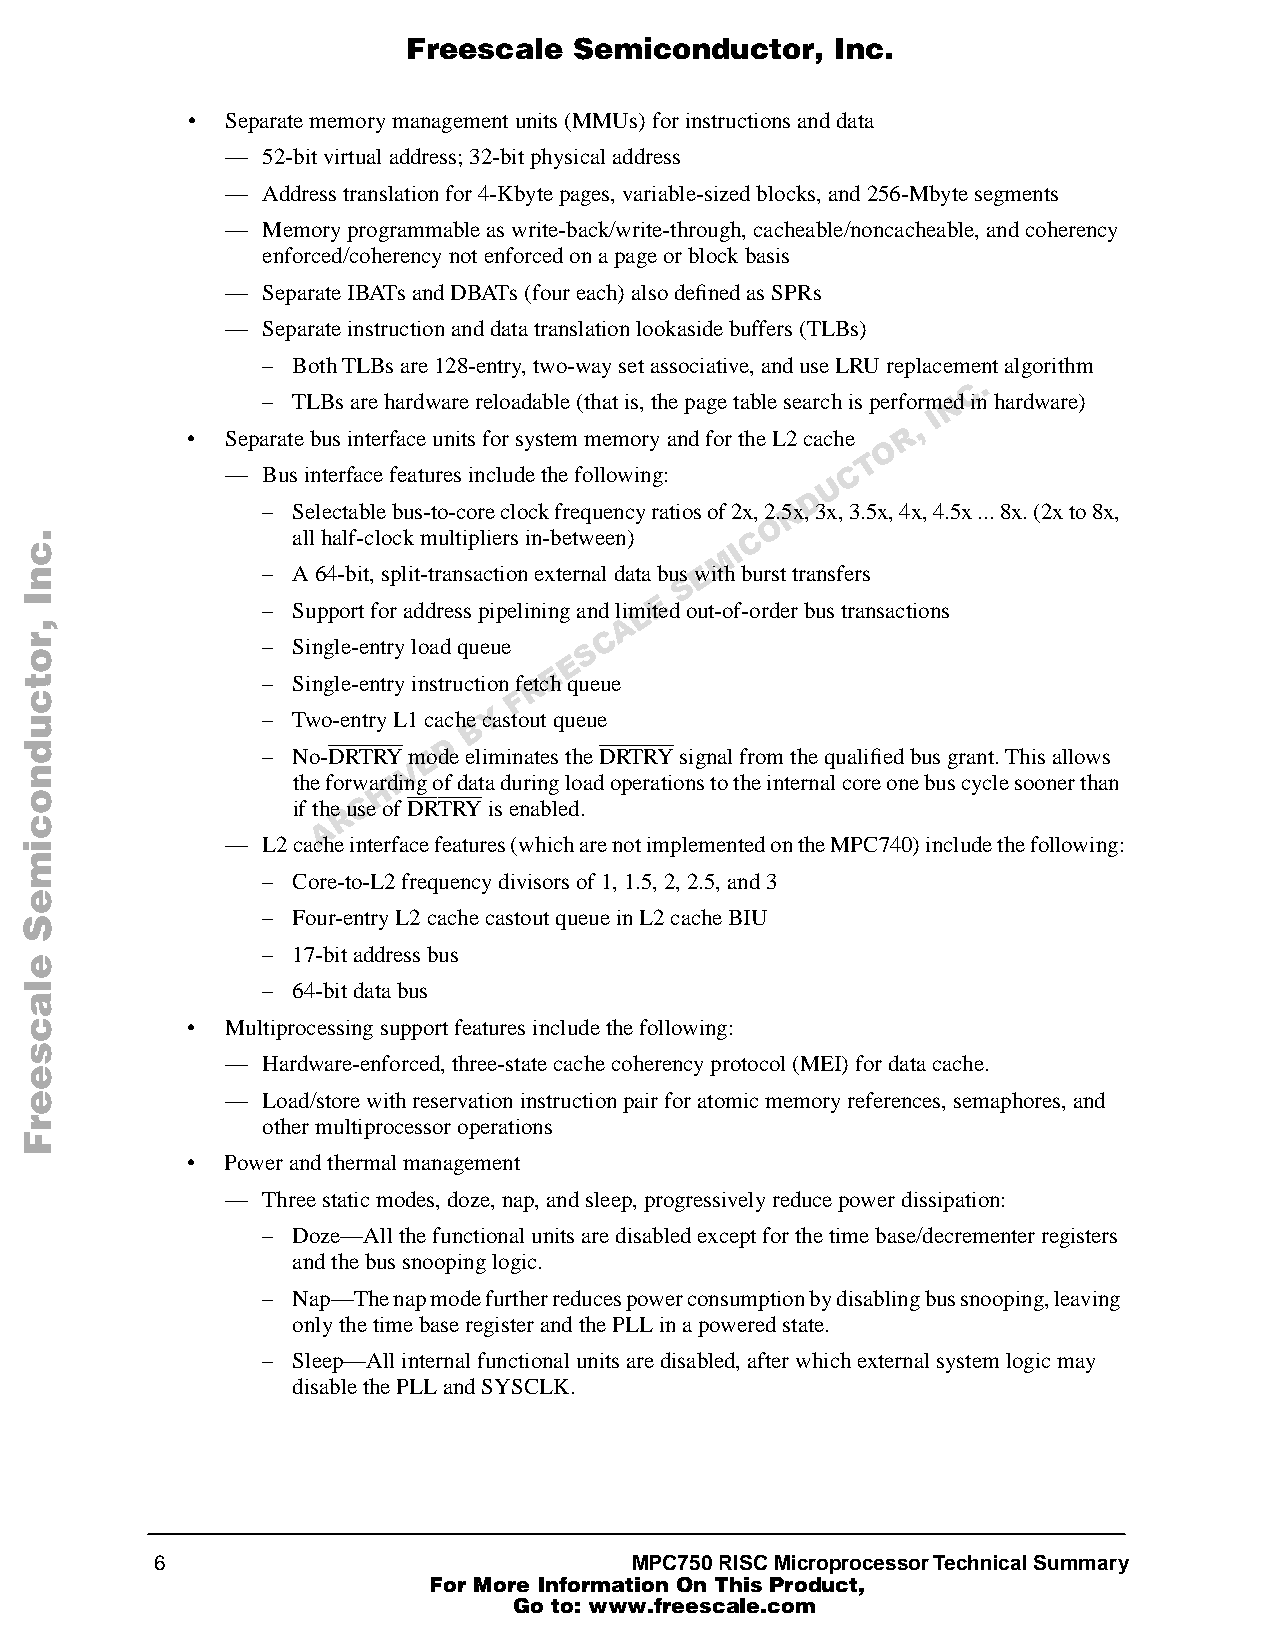
Freescale  Semiconductor,   Inc.
 •  Separate memory management units (MMUs) for instructions and data
 — 52-bit virtual address; 32-bit physical address
 — Address translation for 4-Kbyte pages, variable-sized blocks, and 256-Mbyte segments
 — Memory programmable as write-back/write-through, cacheable/noncacheable, and coherency
 enforced/coherency not enforced on a page or block basis
 — Separate IBATs and DBATs (four each) also defined as SPRs
 — Separate instruction and data translation lookaside buffers (TLBs)
 – Both TLBs are 128-entry, two-way set associative, and use LRU replacement algorithm
 C .
 – TLBs are hardware reloadable (that is, the page table search is performeNd in hardware)
 I
 •  Separate bus interface units for system memory and for the L2 cache R ,
 O
 T
 — Bus interface features include the following: C
 U
 D
 .              – Selectable bus-to-core clock frequency ratios of 2x, 2.5Nx, 3x, 3.5x, 4x, 4.5x ... 8x. (2x to 8x,
 .                                                O
 .                all half-clock multipliers in-between) C
 c                                              I
 M
 n              – A 64-bit, split-transaction external data bus wE ith burst transfers
 S
 I                                         E
 – Support for address pipelining and limLited out-of-order bus transactions
 ,                                      A
 or             – Single-entry load queue
 E
 S C
 E
 t              – Single-entry instruction fetRch queue
 c                               F
 u              – Two-entry L1 cache B cYa stout queue
 d                          D
 – No-DRTRY moE de eliminates the DRTRY signal from the qualified bus grant. This allows
 n                        V
 the forwardIing of data during load operations to the internal core one bus cycle sooner than
 H
 co               if th Ae RusCe of DRTRY is enabled.
 i            — L2 cache interface features (which are not implemented on the MPC740) include the following:
 m
 – Core-to-L2 frequency divisors of 1, 1.5, 2, 2.5, and 3
 e
 – Four-entry L2 cache castout queue in L2 cache BIU
 S
 e
 – 17-bit address bus
 l              – 64-bit data bus
 a
 c         •  Multiprocessing support features include the following:
 s
 — Hardware-enforced, three-state cache coherency protocol (MEI) for data cache.
 e
 e             — Load/store with reservation instruction pair for atomic memory references, semaphores, and
 r               other multiprocessor operations
 F
 •  Power and thermal management
 — Three static modes, doze, nap, and sleep, progressively reduce power dissipation:
 – Doze—All the functional units are disabled except for the time base/decrementer registers
 and the bus snooping logic.
 – Nap—The nap mode further reduces power consumption by disabling bus snooping, leaving
 only the time base register and the PLL in a powered state.
 – Sleep—All internal functional units are disabled, after which external system logic may
 disable the PLL and SYSCLK.
 6                               MPC750 RISC Microprocessor Technical Summary
 For More Information On This Product,
 Go to: www.freescale.com